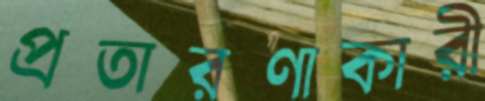
প্রতারণাকারী